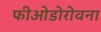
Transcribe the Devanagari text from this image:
फीओडोरोवना